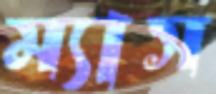
ম্যাস